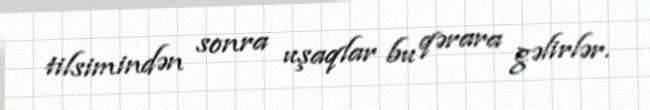
tilsimindən sonra uşaqlar bu qərara gəlirlər.